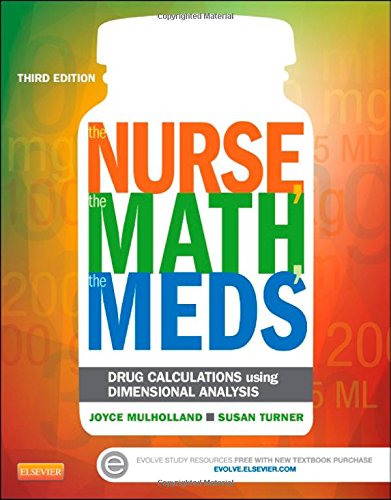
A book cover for The Nurse, The Math, The Meds: Drug Calculations Using Dimensional Analysis, 3e; Joyce L. Mulholland RNP; Medical Books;